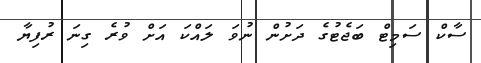
ސާކް ސަމިޓް ބަޖެޓުގެ ދަށުން ނުވަ ލައްކަ އަށް ވުރެ ގިނަ ރުފިޔާ